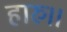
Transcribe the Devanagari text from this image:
हारु।।